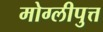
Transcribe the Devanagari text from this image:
मोग्लीपुत्त